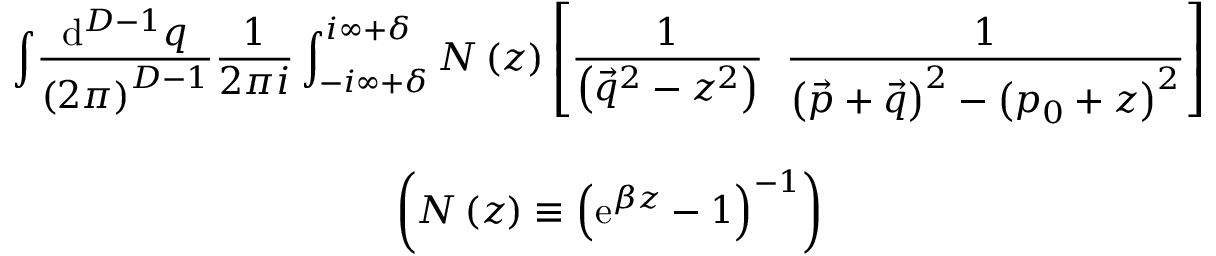
\begin{array} { c c c } { { { } } } & { { \displaystyle { \int } \displaystyle { \frac { \mathrm { d } ^ { D - 1 } q } { \left( 2 \pi \right) ^ { D - 1 } } } \displaystyle { \frac { 1 } { 2 \pi i } } \int _ { - i \infty + \delta } ^ { i \infty + \delta } N \left( z \right) \left[ \displaystyle { \frac { 1 } { \left( \vec { q } ^ { 2 } - z ^ { 2 } \right) } } \; \; \displaystyle { \frac { 1 } { \left( \vec { p } + \vec { q } \right) ^ { 2 } - \left( p _ { 0 } + z \right) ^ { 2 } } } \right] } } & { { { } } } \\ { { { } } } & { { { } } } & { { { } } } \\ { { { } } } & { { \left( N \left( z \right) \equiv \left( \mathrm { e } ^ { \beta z } - 1 \right) ^ { - 1 } \right) } } & { { { } } } \end{array}